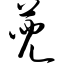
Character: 蔸